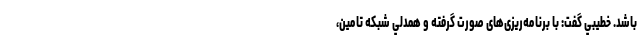
باشد. خطيبي گفت: با برنامه‌ریزی‌های صورت گرفته و همدلي شبكه تامين،